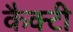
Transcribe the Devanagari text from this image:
कैक्टी